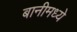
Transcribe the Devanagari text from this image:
बानीमध्ये